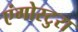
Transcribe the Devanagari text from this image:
एंगोस्टुरा